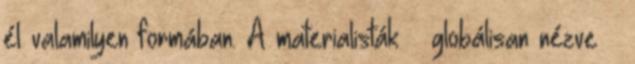
él valamilyen formában. A materialisták – globálisan nézve –